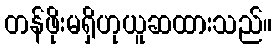
တန်ဖိုးမရှိဟုယူဆထားသည်။